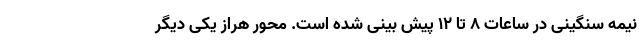
نیمه سنگینی در ساعات ۸ تا ۱۲ پیش بینی شده است. محور هراز یکی دیگر